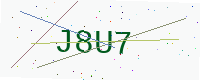
Text: J8U7